NAE_ERA_R-2324_Eesti_Vabariigi_Pohiseaduslik_Assamblee, lk 122
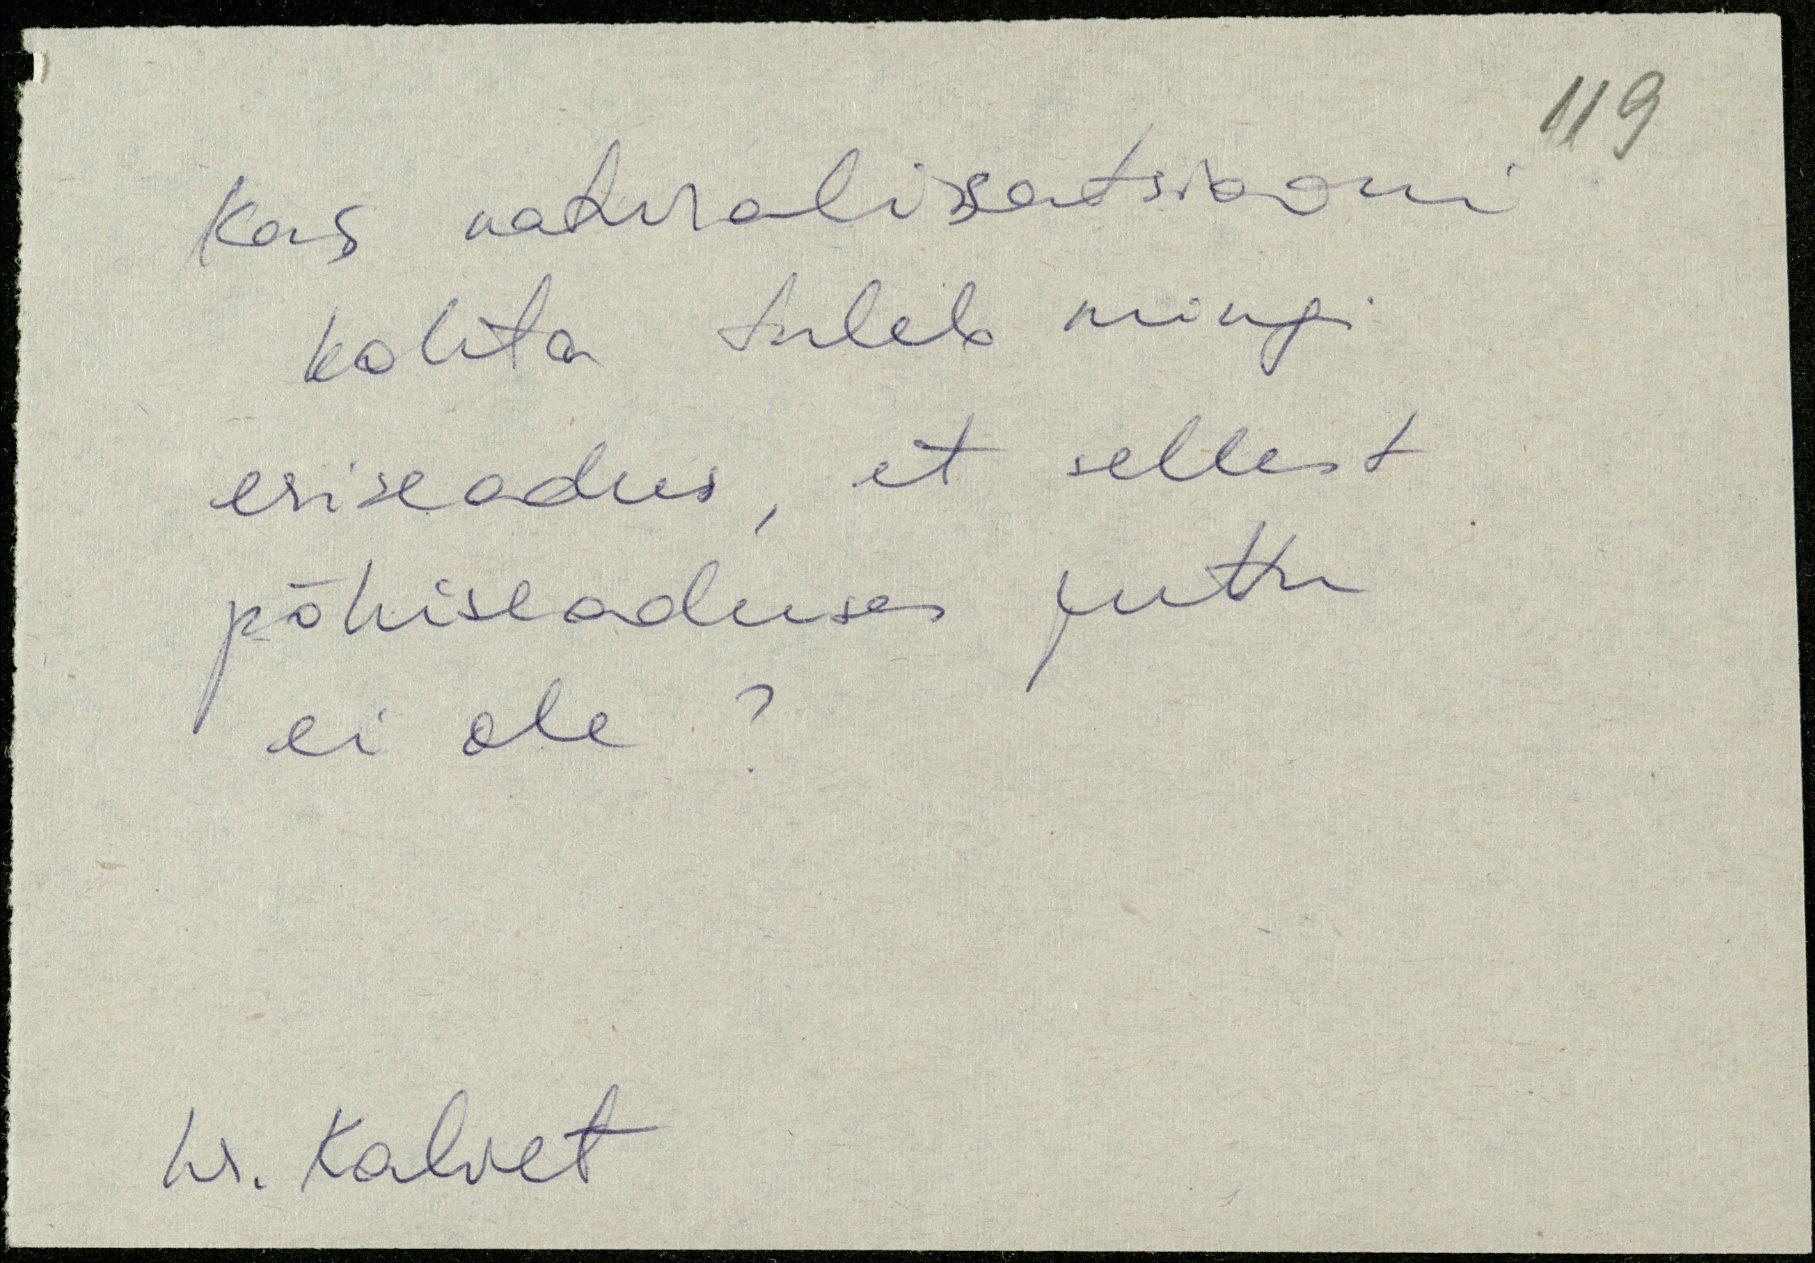
Kas naturalisatsiooni
kohta tuleb mingi
esiseadus, et sellest
põhiseaduses juttu
ei ole?
hr. Kalvet